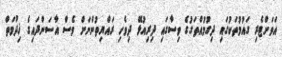
އަވަށްޓެރި ގައުމުތަކުގައި ދިގުމުއްތަގުގެ ވިސާގައި ދިރިއުޅޭ ދިވެހި ރައްޔިތުންނަށް ވެސް އާސަންދައިގެ ޚިދުމަތް